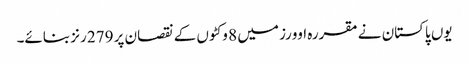
یوں پاکستان نے مقررہ اوورز میں 8 وکٹوں کے نقصان پر 279 رنز بنائے۔